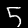
Digit: 5